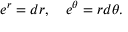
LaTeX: e ^ { r } = d r , \quad e ^ { \theta } = r d \theta .